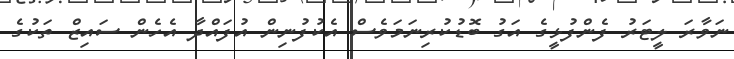
ނަވާރަ ލީޓަރު ފެންފުޅީގެ އަގު ބޮޑުކުރިނަމަވެސް އެކުފުނިން އުފައްދާ އެހެން ސައިޒް ތަކުގެ